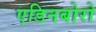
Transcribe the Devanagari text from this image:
एडिनबोरो